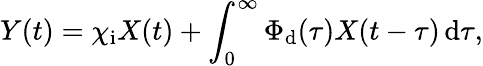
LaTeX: Y(t)=\chi_{\mathrm{i}}X(t)+\int_{0}^{\infty}\Phi_{\mathrm{d}}(\tau)X(t-\tau)\, \mathrm{d}\tau,